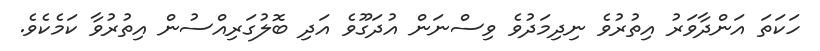
ހަކަތަ އަންދާވަރު އިތުރުވެ ނިދިމަދުވެ ވިސްނަން އުދަގޫވެ އަދި ބޮލުގަރިއްސުން އިތުރުވާ ކަމެކެވެ.